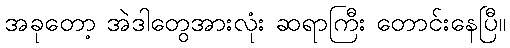
အခုတော့ အဲဒါတွေအားလုံး ဆရာကြီး တောင်းနေပြီ။